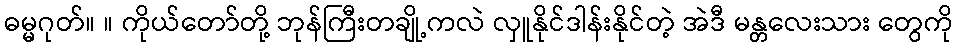
ဓမ္မဂုတ်။ ။ ကိုယ်တော်တို့ ဘုန်ကြီးတချို့ကလဲ လှူနိုင်ဒါန်းနိုင်တဲ့ အဲဒီ မန္တလေးသား တွေကို